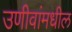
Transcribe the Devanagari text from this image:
उणीवांमधील